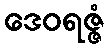
ဒေဝရဇ္ဇံ